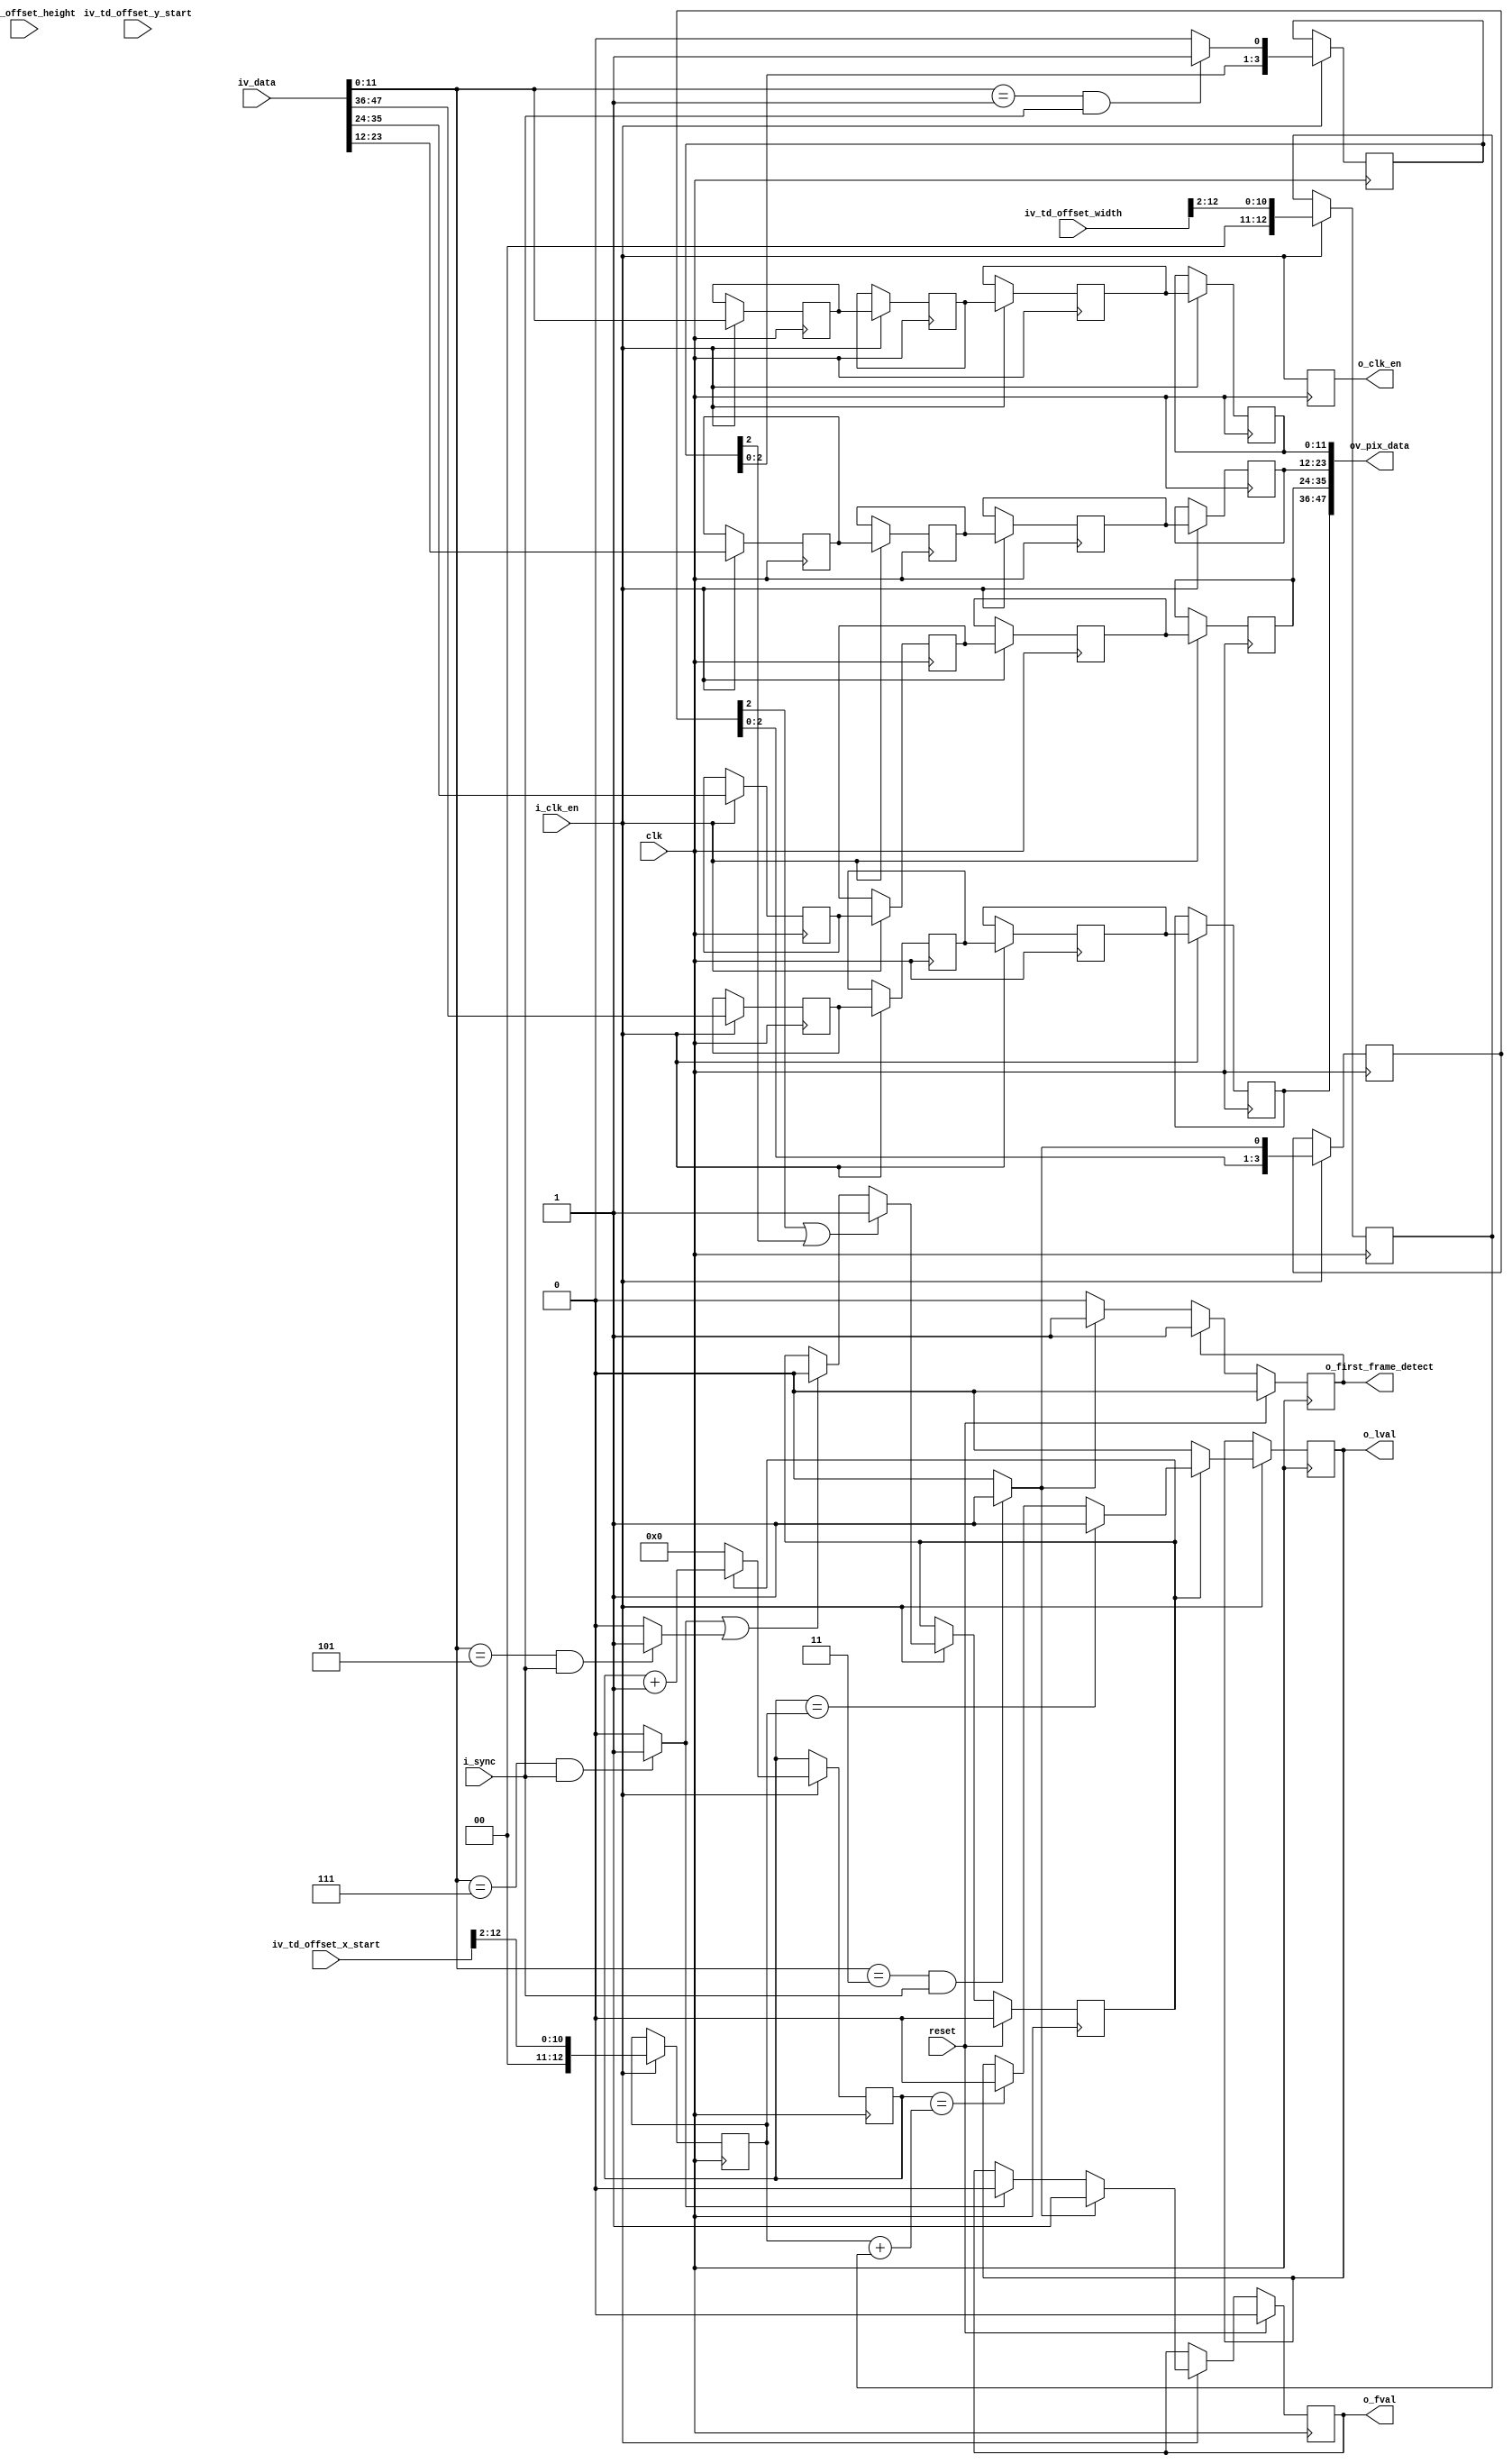
//-------------------------------------------------------------------------------------------------
//  --    : , 2010 -2015.
//  --      .
//  --          : FPGA
//  --        : timing_decoder
//  --        : 
//-------------------------------------------------------------------------------------------------
//
//  --  :
//
//  --          :| 				:|  
//-------------------------------------------------------------------------------------------------
//  --        :| 2015/08/11 13:46:45	:|  
//  --        :| 2015/10/27 13:13:44	:|  
//-------------------------------------------------------------------------------------------------
//
//  --      : HiSPi
//              1)  : 
//
//              2)  : fvallvalpixel_data,fvallval
//				fval:____|--------------------------------------------|_____
//				lval:____|----|____|----|____|----|____|----|____|----|_____
//				data:____|<-->|____|<-->|____|<-->|____|<-->|____|<-->|_____
//
//				3)	: 4
//-------------------------------------------------------------------------------------------------
///
`timescale 1ns/1ns
//-------------------------------------------------------------------------------------------------
module timing_decoder #(
	parameter		SER_FIRST_BIT			= "LSB"				,	//"LSB" or "MSB" , first bit to the receiver
	parameter		SENSOR_DAT_WIDTH		= 12				,
	parameter		CHANNEL_NUM				= 4					,
	//ADD
	parameter		TD_OFFSET_WIDTH			= 13
	//
	)
	(
	input												clk					,	//
	input												reset				,	//
	input												i_clk_en			,	//
	input												i_sync				,	//
	input	[SENSOR_DAT_WIDTH*CHANNEL_NUM-1:0]			iv_data				,	//1
	//ADD
	input	[TD_OFFSET_WIDTH-1:0]						iv_td_offset_x_start,	//x
	input	[TD_OFFSET_WIDTH-1:0]						iv_td_offset_width	,	//
	input	[TD_OFFSET_WIDTH-1:0]						iv_td_offset_y_start,	//y
	input	[TD_OFFSET_WIDTH-1:0]						iv_td_offset_height	,	//
	//
	output												o_first_frame_detect,	//
	output												o_clk_en			,
	output												o_fval				,	//
	output												o_lval				,	//
	output	[SENSOR_DAT_WIDTH*CHANNEL_NUM-1:0]			ov_pix_data		 		//
	);

	//	-------------------------------------------------------------------------------------
	//	hispi 
	//	-------------------------------------------------------------------------------------
	localparam					SOF	= {{(SENSOR_DAT_WIDTH-4){1'b0}},4'b0011};
	localparam					SOL	= {{(SENSOR_DAT_WIDTH-4){1'b0}},4'b0001};
	localparam					EOF	= {{(SENSOR_DAT_WIDTH-4){1'b0}},4'b0111};
	localparam					EOL	= {{(SENSOR_DAT_WIDTH-4){1'b0}},4'b0101};

	localparam					SHIFT_WIDTH	= log2(CHANNEL_NUM)	;

	wire	[SENSOR_DAT_WIDTH-1:0]				wv_data_lane[CHANNEL_NUM-1:0]	;	//1
	reg		[SENSOR_DAT_WIDTH*3-1:0]			data_lane0_shift		= 'b0	;	//lan0
	reg											first_frame_detect		= 1'b0	;//

	reg											lval_reg				= 1'b0	;
	reg											fval_reg				= 1'b0	;
	reg											clk_en_dly				= 1'b0	;
	wire										sof_flag				;//SOF
	wire										eol_flag				;//EOL
	wire										sol_flag				;//SOL
	wire										eof_flag				;//EOF
	reg		[SENSOR_DAT_WIDTH-1:0]				data_lane_output_dly0[CHANNEL_NUM-1:0]	;	//1
	reg		[SENSOR_DAT_WIDTH-1:0]				data_lane_output_dly1[CHANNEL_NUM-1:0]	;	//1
	reg		[SENSOR_DAT_WIDTH-1:0]				data_lane_output_dly2[CHANNEL_NUM-1:0]	;	//1
	reg		[SENSOR_DAT_WIDTH-1:0]				data_lane_output_dly3[CHANNEL_NUM-1:0]	;	//1


	//ADD
	reg											lval_roi				= 1'b0	;	//
	reg		[TD_OFFSET_WIDTH-1:0]				width_cnt				=  'b0	;	//
	reg		[TD_OFFSET_WIDTH-1:0]				td_offset_x_start		=  'b0	;
	reg		[TD_OFFSET_WIDTH-1:0]				td_offset_width			=  'b0	;
	//

	function integer log2 (input integer xx);
		integer x;
		begin
			x	= xx-1 ;
			for (log2=0;x>0;log2=log2+1) begin
				x	= x >> 1;
			end
		end
	endfunction
	//	===============================================================================================
	//	ref ******
	//	===============================================================================================
	//	===============================================================================================
	//	ref ******
	//	===============================================================================================
	//	-------------------------------------------------------------------------------------
	//	
	//	-- RATIO bit
	//	--bytebyte
	//	-------------------------------------------------------------------------------------
	genvar	i;
	generate
		for(i=0;i<CHANNEL_NUM;i=i+1) begin
			assign	wv_data_lane[i]	= iv_data[SENSOR_DAT_WIDTH*(i+1)-1:SENSOR_DAT_WIDTH*i];
		end
	endgenerate

	//----------------------------------------------------------------------------------------
	//SOFSOLEOFEOL
	//----------------------------------------------------------------------------------------
	assign	sof_flag	= (wv_data_lane[0]==SOF && i_sync==1'b1) ? 1'b1 : 1'b0;
	assign	sol_flag	= (wv_data_lane[0]==SOL && i_sync==1'b1) ? 1'b1 : 1'b0;
	assign	eof_flag	= (wv_data_lane[0]==EOF && i_sync==1'b1) ? 1'b1 : 1'b0;
	assign	eol_flag	= (wv_data_lane[0]==EOL && i_sync==1'b1) ? 1'b1 : 1'b0;

	//	-------------------------------------------------------------------------------------
	//	 sof
	//	-------------------------------------------------------------------------------------
	always @ (posedge clk)begin
		if(reset) begin
			first_frame_detect	<=	1'b0;
		end
		else if(!first_frame_detect)begin
			if(sof_flag) begin
				first_frame_detect	<=	1'b1;
			end
		end
	end
	assign	o_first_frame_detect	= first_frame_detect;

	//	===============================================================================================
	//	ref ******
	//	===============================================================================================

	reg		[3:0]		sof_flag_shift	= 4'b0;
	reg		[3:0]		sol_flag_shift	= 4'b0;
	always @ (posedge clk) begin
		if(i_clk_en==1'b1) begin
			sof_flag_shift	<= {sof_flag_shift[2:0],sof_flag};
			sol_flag_shift	<= {sol_flag_shift[2:0],sol_flag};
		end
	end





	//	-------------------------------------------------------------------------------------
	//			//CHANGED
	//	-------------------------------------------------------------------------------------
	always @ (posedge clk) begin
		if(reset) begin
			lval_reg	<=	1'b0;
		end
		else begin
			if(i_clk_en==1'b1) begin
				if(sof_flag_shift[2] | sol_flag_shift[2]) begin	//CHANGED
					lval_reg	<=	1'b1;
				end
				else if(eof_flag | eol_flag) begin	//CHANGED
					lval_reg	<=	1'b0;
				end
			end
		end
	end


	//	===============================================================================================
	//	ref 	//ADD
	//	===============================================================================================

	always @ (posedge clk) begin
		if(i_clk_en==1'b1) begin
			td_offset_x_start <= (iv_td_offset_x_start >> SHIFT_WIDTH);
			td_offset_width <= (iv_td_offset_width >> SHIFT_WIDTH);
		end
	end

	always @ (posedge clk) begin
		if(i_clk_en==1'b1) begin
			if (lval_reg==1'b1) begin
				width_cnt <= width_cnt + 1;
			end
			else begin
				width_cnt <= 0;
			end
		end
	end

	always @ (posedge clk) begin
		if(i_clk_en==1'b1) begin
			if (lval_reg==1'b1) begin
				if (width_cnt==td_offset_x_start) begin
					lval_roi <= 1'b1;
				end
				else if (width_cnt==(td_offset_x_start+td_offset_width)) begin
					lval_roi <= 1'b0;
				end
			end
			else begin
				lval_roi <= 1'b0;
			end
		end
	end



	assign	o_lval	= lval_roi;

	//	-------------------------------------------------------------------------------------
	//	
	//	-------------------------------------------------------------------------------------
	always @ (posedge clk) begin
		if(reset) begin
			fval_reg	<=	1'b0;
		end
		else begin
			if(i_clk_en==1'b1) begin
				if(sof_flag) begin
					fval_reg	<=	1'b1;
				end
				else if(eof_flag)
				fval_reg	<=	1'b0;
			end
		end
	end
	assign	o_fval	= fval_reg;

	//	-------------------------------------------------------------------------------------
	//	
	//	-------------------------------------------------------------------------------------
	always @ (posedge clk) begin
		clk_en_dly	<= i_clk_en;
	end
	assign	o_clk_en	= clk_en_dly;

	//	-------------------------------------------------------------------------------------
	//	1
	//	-------------------------------------------------------------------------------------
	genvar	j;
	generate
		for(j=0;j<CHANNEL_NUM;j=j+1) begin
			always @ (posedge clk)begin
				if(i_clk_en==1'b1) begin
					data_lane_output_dly0[j]	<= wv_data_lane[j];
					data_lane_output_dly1[j]	<= data_lane_output_dly0[j];
					data_lane_output_dly2[j]	<= data_lane_output_dly1[j];
					data_lane_output_dly3[j]	<= data_lane_output_dly2[j];
				end
			end
		end
	endgenerate

	//	-------------------------------------------------------------------------------------
	//	
	//	-------------------------------------------------------------------------------------
	genvar	l;
	generate
		for(l=0;l<CHANNEL_NUM;l=l+1) begin
			assign	ov_pix_data[(l+1)*SENSOR_DAT_WIDTH-1:l*SENSOR_DAT_WIDTH]	= data_lane_output_dly3[l];
		end
	endgenerate

endmodule